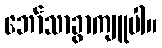
ဘော်သာခွာကျူပါ။